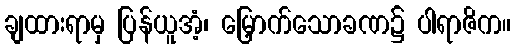
ချထားရာမှ ပြန်ယူအံ့၊ မြှောက်သောခဏ၌ ပါရာဇိက။